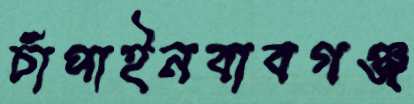
চাঁপাইনবাবগঞ্জ